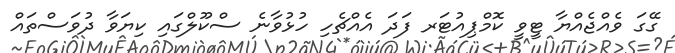
ގޭގަ ވެއްޖެއްޔާ ޓީވީ ކޮމްޕިއުޓަރ ފަދަ އެއްޗެހި ހުޅުވާނެ ސްކޫލްގައި ކިޔަވާ ދުވަސްތައް